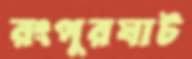
রংপুরঘাট